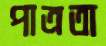
পাত্রতা